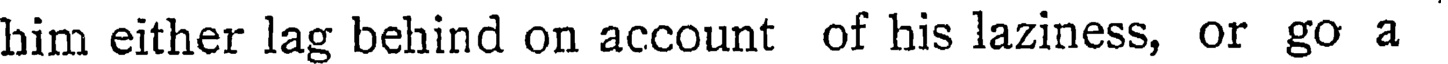
him either lag behind on account of his laziness, or go a